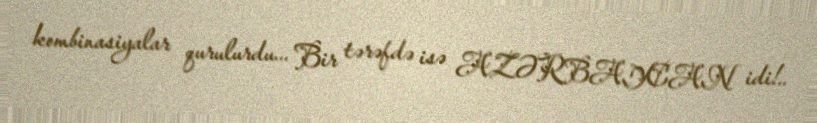
kombinasiyalar qurulurdu... Bir tərəfdə isə AZƏRBAYCAN idi!..